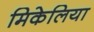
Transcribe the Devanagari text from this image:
मिकेलिया